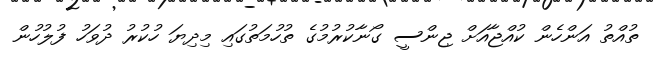
ތުއްތު އަންހެން ކުއްޖާއަށް ޖިންސީ ގޯނާކުރުމުގެ ތުހުމަތުގައި މިދިޔަ ހުކުރު ދުވަހު ފުލުހުން